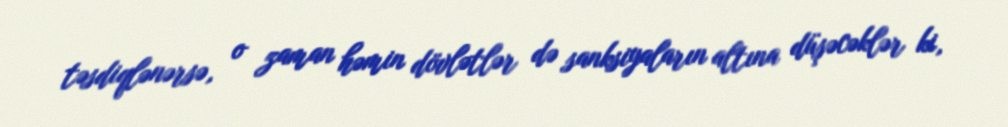
təsdiqlənərsə, o zaman həmin dövlətlər də sanksiyaların altına düşəcəklər ki,